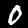
Label: 0